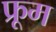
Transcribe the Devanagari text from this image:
फ्रूम